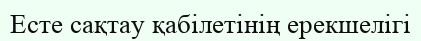
Есте сақтау қабілетінің ерекшелігі